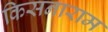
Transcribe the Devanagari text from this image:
किसनाराम